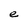
Character: e